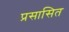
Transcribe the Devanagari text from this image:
प्रसासित